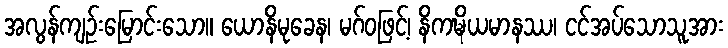
အလွန်ကျဉ်းမြောင်းသော။ ယောနိမုခေန၊ မဂ်ဝဖြင့်၊ နိကဍ္ဎိယမာနဿ၊ ငင်အပ်သောသူအား